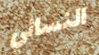
النسائي